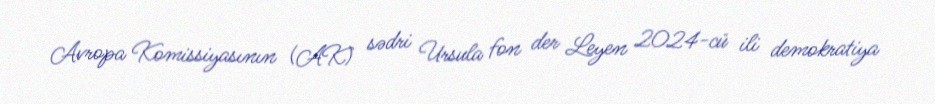
Avropa Komissiyasının (AK) sədri Ursula fon der Leyen 2024-cü ili demokratiya